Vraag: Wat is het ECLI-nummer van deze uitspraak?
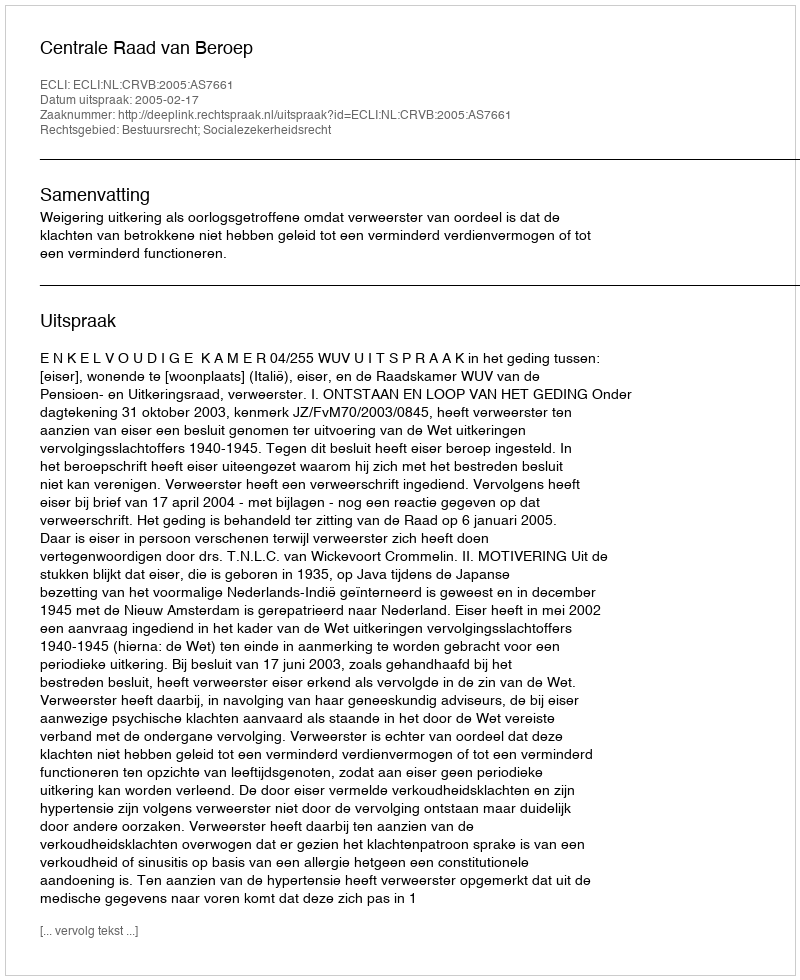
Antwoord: ECLI:NL:CRVB:2005:AS7661